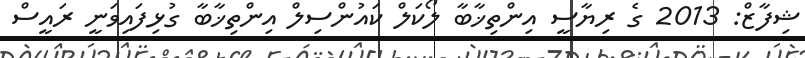
ޝިފާޒް: 2013 ގެ ރިޔާސީ އިންތިޚާބާ ލޯކަލް ކައުންސިލް އިންތިޚާބާ ގުޅިފައިވަނީ ރައީސް